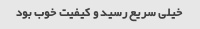
خیلی سریع رسید و کیفیت خوب بود